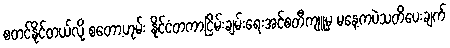
စတင်နိုင်တယ်လို့ စတော့ဟုမ်း နိုင်ငံတကာငြိမ်းချမ်းရေးအင်စတီကျူမှ မနေ့ကပဲသတိပေးချက်